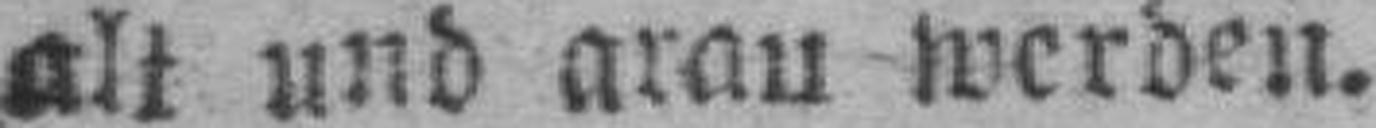
alt und arau werden.